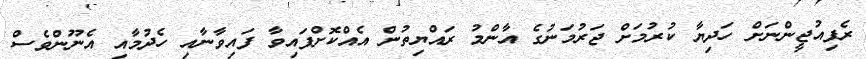
ރެފިއުޖީންނަށް ހަދިޔާ ކުރުމަށް ޖަރުމަނުގެ އާންމު ރައްޔިތުން އެއްކޮށްފައިވާ ފައިވާނާއި ހެދުމާއި އެނޫންވެސް